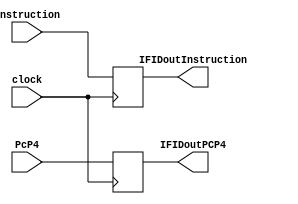
module IFIDreg(input clock , input [31:0]  instruction ,PcP4, output reg[31:0]IFIDoutInstruction ,IFIDoutPCP4);
  
  always@ (posedge clock)
  begin
   IFIDoutPCP4 = PcP4;
   IFIDoutInstruction = instruction;
  end
  
endmodule